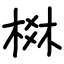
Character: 棥